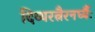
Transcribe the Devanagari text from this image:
दिव्यरत्नैरनर्घ्यैः